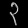
Digit: ၃